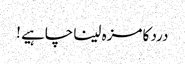
درد کا مزہ لینا چاہیے !